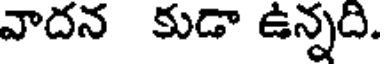
వాదన కుడా ఉన్నది.